Report of the Indian Hemp Drugs Commission, 1894-1895 - Volume II
Year: 1894
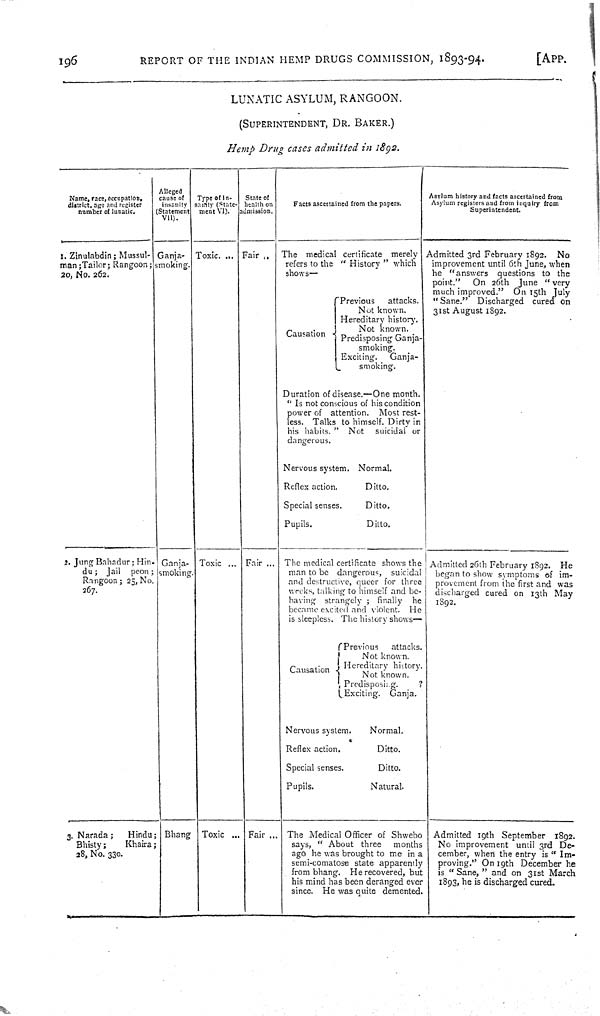
196
REPORT OF THE INDIAN HEMP DRUGS COMMISSION, 1893-94.
[APP.
LUNATIC ASYLUM, RANGOON.
(SUPERINTENDENT, DR. BAKER.)
Hemp Drug cases admitted in 1892.
Name, race, occupation,
district, age and register
number of lunatic.
Alleged
cause of
insanity
(Statement
VII).
Type of In-
sanity (State-
ment VI).
State of
health on
admission.
Facts ascertained from the papers.
Asylum history and facts ascertained from
Asylum registers and from inquiry from
Superintendent.
1. Zinulabdin; Mussul-
man; Tailor; Rangoon;
20, No. 262.
Ganja-
smoking.
Toxic.
Fair
The medical certificate merely
refers to the "History" which
shows—
Previous
attacks.
Not known.
Hereditary history.
Not known.
Causation
Predisposing Ganja.
smoking.
Exciting.
Ganja-
smoking.
Duration of disease.—One month.
"Is not conscious of his condition
power of attention. Most rest-
less. Talks to himself. Dirty in
his habits." Not
suicidal or
dangerous.
Nervous system. Normal.
Reflex action.
Ditto.
Special senses.
Ditto.
Pupils.
Ditto.
Admitted 3rd February 1892.
No
improvement until 6th June, when
he "answers questions to the
point."
On 26th June "very
much improved." On 15th July
"Sane." Discharged cured on
31st August 1892.
2. Jung Bahadur; Hin-
du; Jail peon;
Rangoon; 25, No.
267.
Ganja-
smoking.
Toxic
Fair
The medical certificate shows the
man to be dangerous, suicidal
and destructive, queer for three
weeks, talking to himself and be-
having strangely;
finally
he
became excited and violent. He
is sleepless. The history shows—
Previous
attacks.
Not known.
Hereditary history.
Causation
Not known.
Predisposing.
?
Exciting. Ganja.
Nervous system.
Normal.
Reflex action.
Ditto.
Special senses.
Ditto.
Pupils.
Natural.
Admitted 26th February 1892. He
began to show symptoms of im-
provement from the first and was
discharged cured on 13th May
1892.
3. Narada;
Hindu
Bhisty;
Khaira
28, No. 330.
Bhang
Toxic
Fair
The Medical Officer of Shwebo
says, "About three
months
ago he was brought to me in a
semi-comatose state apparently
from bhang. He recovered, but
his mind has been deranged ever
since. He was quite demented.
Admitted 19th September 1892.
No improvement until 3rd De-
cember, when the entry is "Im-
proving." On 19th December he
is "Sane," and on 31st March
1893, he is discharged cured.